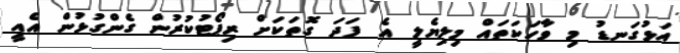
އަޅުގަނޑު މި ވާހަކަތައް މިލިޔެލީ އެ ފަދަ ގޮތަކަށް ރިޕޯޓުކުރުން ގެންގުޅުން އެއީ